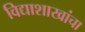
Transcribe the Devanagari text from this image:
विद्याशाखांचा